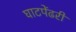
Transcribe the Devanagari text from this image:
घाटपेंढरी